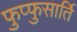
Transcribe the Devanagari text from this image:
फुप्फुसार्ति